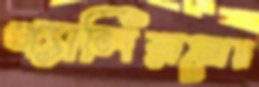
গ্যালিয়ানোর